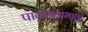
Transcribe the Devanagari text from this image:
पावसाअभावी